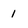
Character: 1